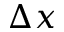
\Delta x